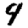
Digit: 9